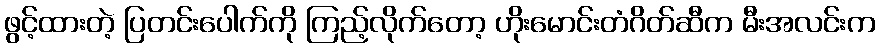
ဖွင့်ထားတဲ့ ပြတင်းပေါက်ကို ကြည့်လိုက်တော့ ဟိုးမောင်းတံဂိတ်ဆီက မီးအလင်းက